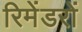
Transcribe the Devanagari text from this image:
रिमेंडरों